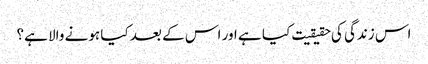
اس زندگی کی حقیقیت کیا ہے اور اس کے بعد کیا ہونے والا ہے؟